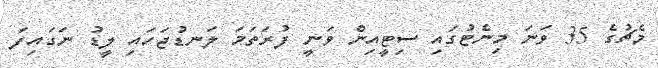
މެޗުގެ 35 ވަނަ މިނެޓުގައި ސިޓީއިން ވަނީ ފުރަތަމަ ލަނޑުޖަހައި ލީޑު ނަގައިފަ